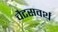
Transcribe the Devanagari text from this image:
चैटसवर्थ